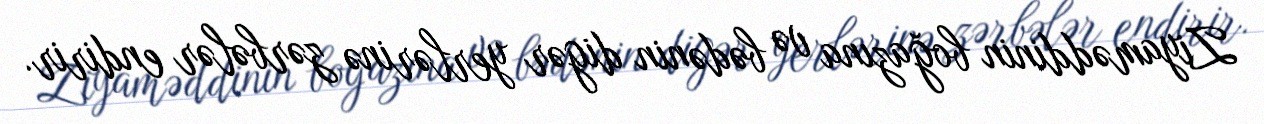
Ziyaməddinin boğazına və bədənin digər yerlərinə zərbələr endirir.